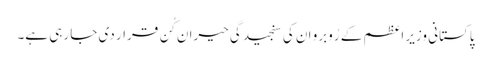
پاکستانی وزیر اعظم کے رُوبرو ان کی سنجیدگی حیران کُن قرار دی جا رہی ہے۔